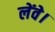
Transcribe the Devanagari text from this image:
लेंवे।